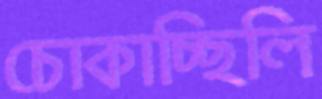
চোকাচ্ছিলি